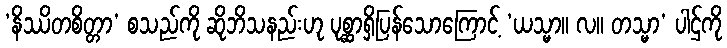
‘နိဿိတစိတ္တာ’ စသည်ကို ဆိုဘိသနည်းဟု ပုစ္ဆာရှိပြန်သောကြောင့် ‘ယသ္မာ။ လ။ တသ္မာ’ ပါဌ်ကို